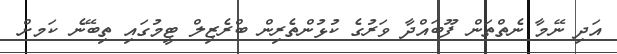
އަދި ނޭމާ ނެތްތަން ފޫބައްދާ ވަރުގެ ކުޅުންތެރިން ބްރެޒިލް ޓީމުގައި ތިބޭނެ ކަމށް